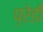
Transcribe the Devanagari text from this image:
प्रेडी